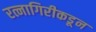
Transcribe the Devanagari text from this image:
रत्नागिरीकडून